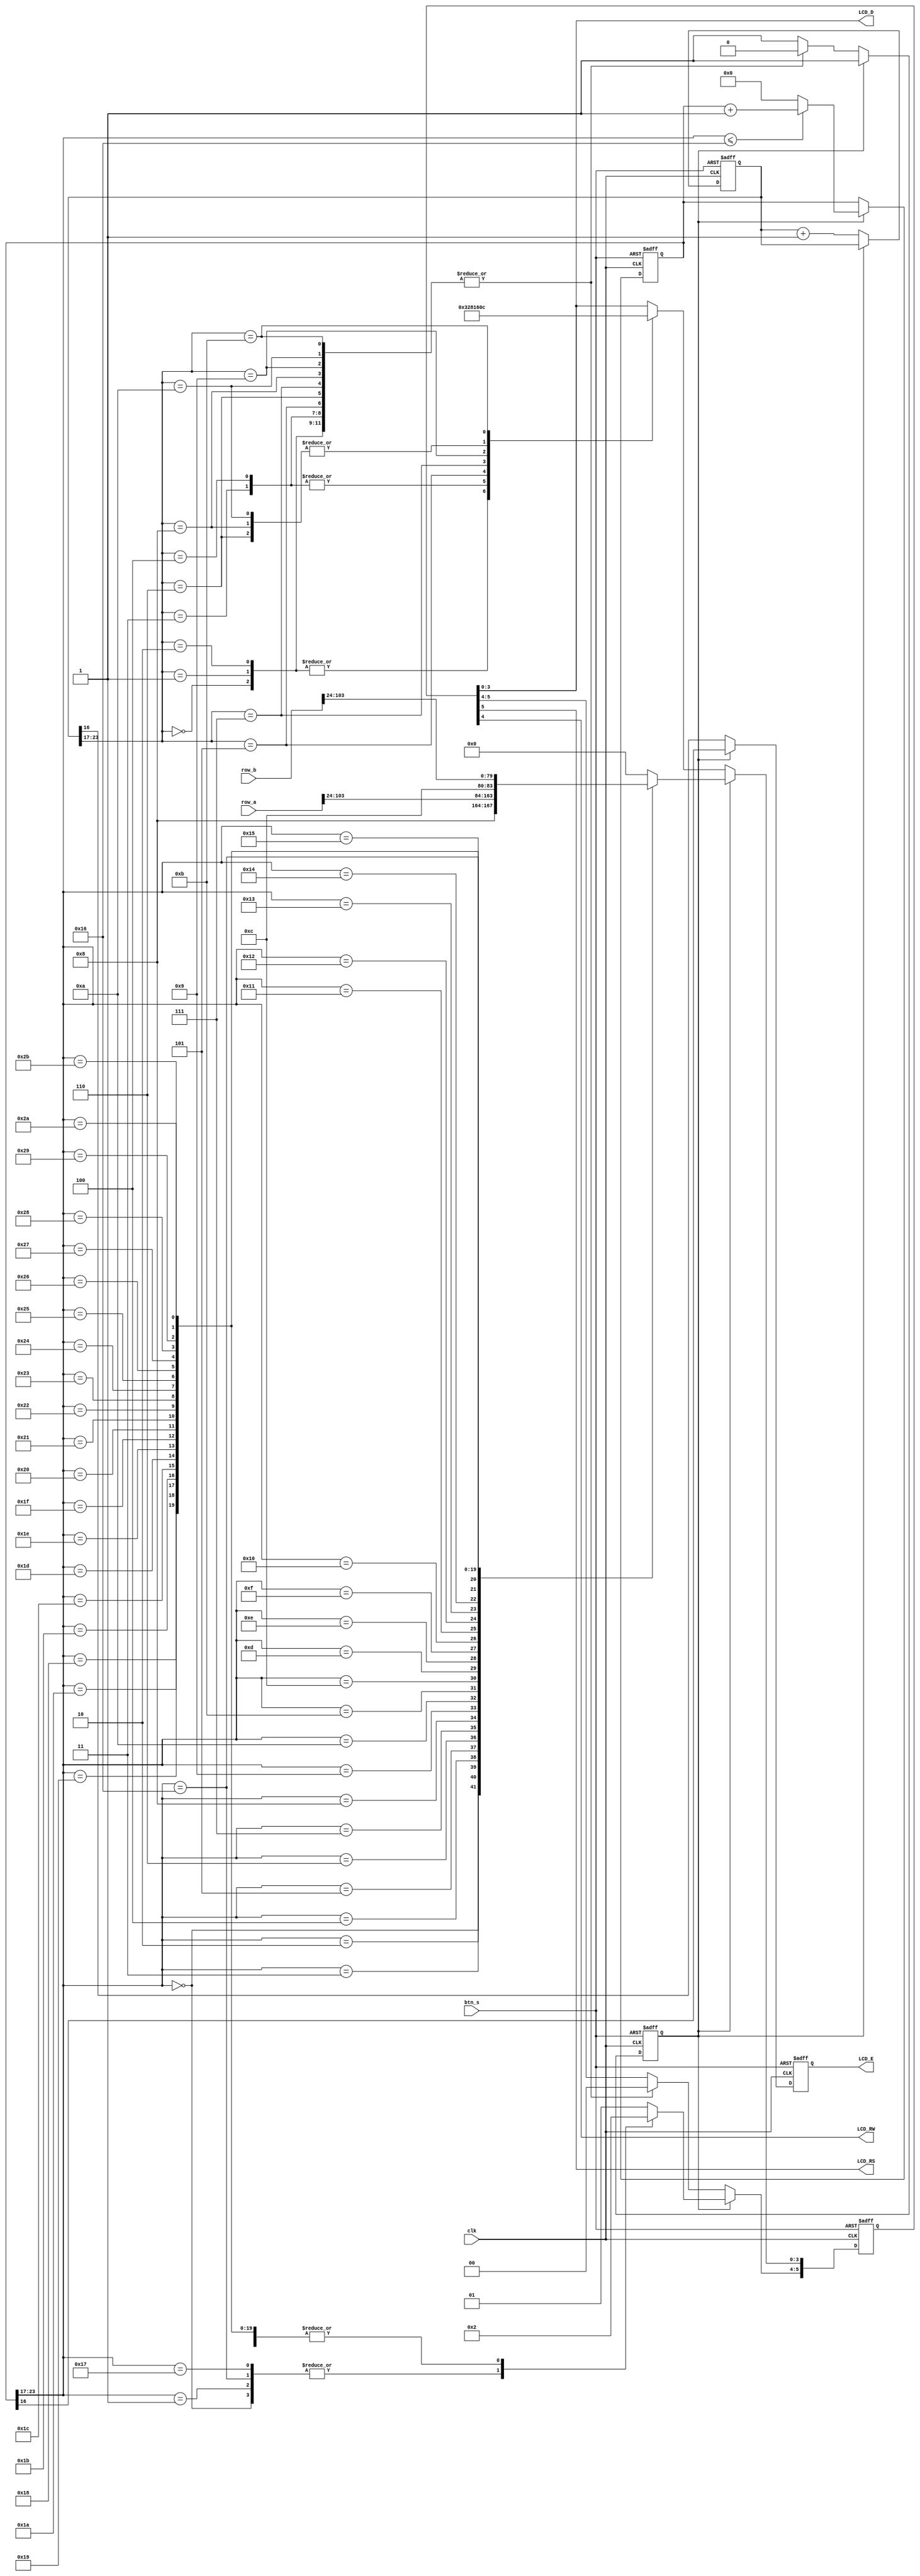
`timescale 1ns / 1ps
//////////////////////////////////////////////////////////////////////////////////
// Company: 
// Engineer: 
// 
// Design Name: 
// Module Name:    LCD 
// Project Name: 
// Target Devices: 
// Tool versions: 
// Description: 
//
// Dependencies: 
//
// Revision: 
// Revision 0.01 - File Created
// Additional Comments: 
//
//////////////////////////////////////////////////////////////////////////////////
module LCD(
	LCD_E,
	LCD_RS,
	LCD_RW,
	LCD_D,
	row_a,
	row_b,
	clk,
	btn_s
);

output LCD_E,LCD_RS,LCD_RW;
output [3:0] LCD_D;
input [103:0] row_a,row_b;
input clk,btn_s;

reg lcd_inited,refresh;
reg [5:0] comd;
reg [23:0] text_cnt;
reg [23:0] ini_cnt;

assign LCD_RS=comd[5];
assign LCD_RW=comd[4];
assign LCD_D=comd[3:0];
assign LCD_E=refresh;

always@(posedge clk or posedge btn_s) begin
	if(btn_s) begin
		text_cnt<=0;
		ini_cnt<=0;
		lcd_inited<=0;
		comd<=0;
	end
	else if(!lcd_inited) begin
		ini_cnt<=ini_cnt+1;
		case(ini_cnt[23:17])
			//initialization
			0:comd<=6'h03;
			1:comd<=6'h03;
			2:comd<=6'h03;
			3:comd<=6'h02;
			//function set
			4:comd<=6'b000010;
			5:comd<=6'b001000;
			//clear display
			6:comd<=6'b000000;
			7:comd<=6'b000001;
			//entry mode
			8:comd<=6'b000000;
			9:comd<=6'b000110;
			//display on/off
			10:comd<=6'b000000;
			11:comd<=6'b001100;
			
			default:lcd_inited<=1;			
		endcase
	end
	else begin
		comd[5:4]<=2'b10;
		text_cnt<=(text_cnt[23:17]<=22)?text_cnt+1:0;
		case(text_cnt[23:17])
		//move to first line
			0:comd<=6'b001000;
			1:comd<=6'b000000;
		//text
			2:comd[3:0]<=row_a[103:100];
			3:comd[3:0]<=row_a[99:96];
			4:comd[3:0]<=row_a[95:92];
			5:comd[3:0]<=row_a[91:88];
			6:comd[3:0]<=row_a[87:84];
			7:comd[3:0]<=row_a[83:80];
			8:comd[3:0]<=row_a[79:76];
			9:comd[3:0]<=row_a[75:72];
			10:comd[3:0]<=row_a[71:68];
			11:comd[3:0]<=row_a[67:64];
			12:comd[3:0]<=row_a[63:60];
			13:comd[3:0]<=row_a[59:56];
			14:comd[3:0]<=row_a[55:52];
			15:comd[3:0]<=row_a[51:48];
			//xx
			16:comd[3:0]<=row_a[47:44];
			17:comd[3:0]<=row_a[43:40];
			18:comd[3:0]<=row_a[39:36];
			19:comd[3:0]<=row_a[35:32];
			
			20:comd[3:0]<=row_a[31:28];
			21:comd[3:0]<=row_a[27:24];
			
			//move to second line
			22:comd<=6'b001100;
			23:comd<=6'b000000;
			
			24:comd[3:0]<=row_b[103:100];
			25:comd[3:0]<=row_b[99:96];
			26:comd[3:0]<=row_b[95:92];
			27:comd[3:0]<=row_b[91:88];
			28:comd[3:0]<=row_b[87:84];
			29:comd[3:0]<=row_b[83:80];
			30:comd[3:0]<=row_b[79:76];
			31:comd[3:0]<=row_b[75:72];
			32:comd[3:0]<=row_b[71:68];
			33:comd[3:0]<=row_b[67:64];
			34:comd[3:0]<=row_b[63:60];
			35:comd[3:0]<=row_b[59:56];
			36:comd[3:0]<=row_b[55:52];
			37:comd[3:0]<=row_b[51:48];
			//xx
			38:comd[3:0]<=row_b[47:44];
			39:comd[3:0]<=row_b[43:40];
			40:comd[3:0]<=row_b[39:36];
			41:comd[3:0]<=row_b[35:32];
			
			42:comd[3:0]<=row_b[31:28];
			43:comd[3:0]<=row_b[27:24];
			
			
			default:comd<=6'h10;
		endcase
	end
end	
//refresh	
always@(posedge clk or posedge btn_s) begin
	if(btn_s) refresh<=0;
	else if(!lcd_inited) refresh<=ini_cnt[16];
	else refresh<=text_cnt[16];
end	

endmodule